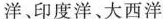
洋、印度洋、大西洋